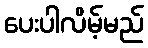
ပေးပါလိမ့်မည်